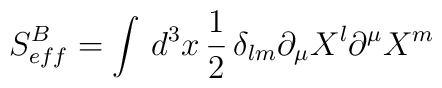
S_{eff}^{B}= \int\, d^{3}x \, \frac{1}{2}\, \delta_{lm} \partial_{\mu} X^{l}\partial^{\mu} X^{m}